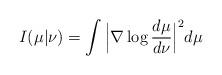
LaTeX: \begin{align*}I(\mu|\nu)=\int\Big|\nabla \log \frac{d\mu}{d\nu} \Big|^{2}d\mu\end{align*}